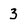
Character: 3